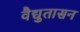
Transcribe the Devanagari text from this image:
वैद्युतासन